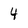
Character: 4